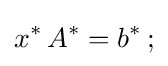
x^{*}\,A^{*}=b^{*}\,;